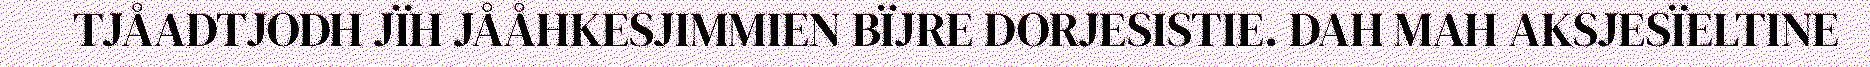
TJÅADTJODH JÏH JÅÅHKESJIMMIEN BÏJRE DORJESISTIE. DAH MAH AKSJESÏELTINE